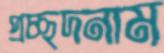
প্রচ্ছদনাম